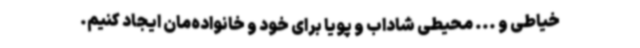
خیاطی و ... محیطی شاداب و پویا برای خود و خانواده‌مان ایجاد کنیم.